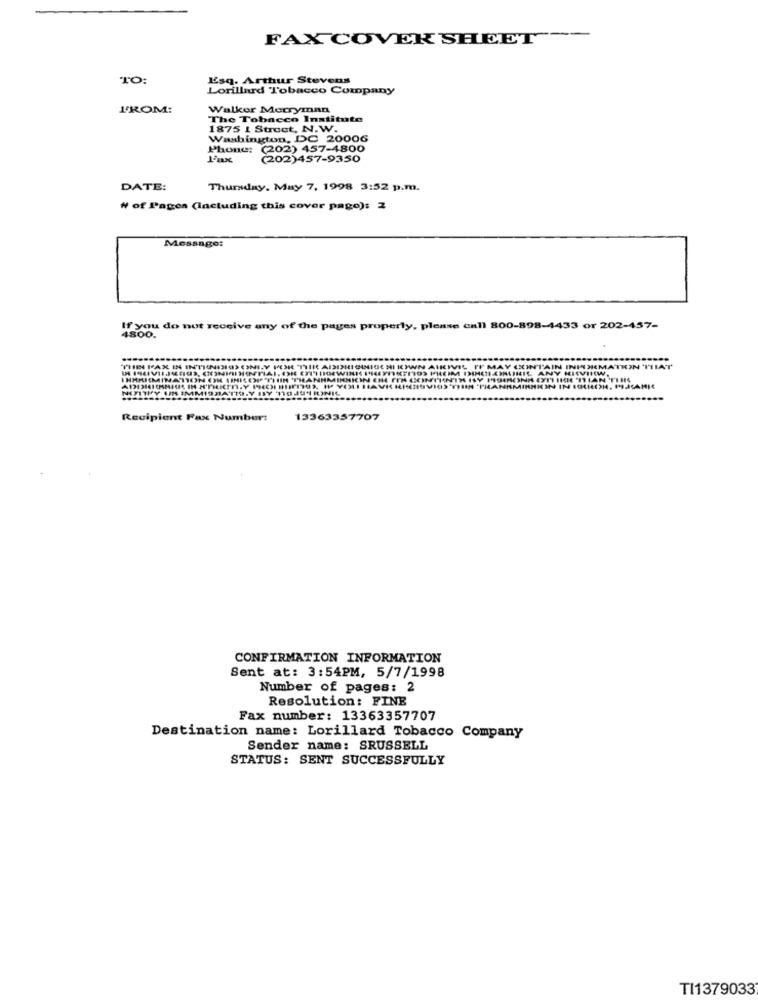
FAX COVER SHEET --
TO:
Esq. Arthur Stevens
Lorillard Tobacco Company
FROM:
Walker Merryman
The Tobacco Institute
1875 1 Struct, N.W.
Washington, DC 20006
Phone: (202) 457-4800
(202)457-9350
DATE:
Thursday, May 7, 1998 3:52 p.m.
# of Pages (Including this cover pago): 2
Message:
If you do not receive any of the pages properly, please call 800-898-4433 or 202-457-
4800.
IMIMETICOMATHIS ANY HILVIIW.
IT MAY CONTAIN INFORMATION TILAT
NEFITHY IPM IMI
HIN 'THANKMINMION IN IHROH, PAAMI
SAMIR
Recipient Fax Number:
13363357707
CONFIRMATION INFORMATION
Sent at: 3:54PM, 5/7/1998
Number of pages: 2
Resolution: FINE
Fax number: 13363357707
Destination name: Lorillard Tobacco Company
Sender name: SRUSSELL
STATUS: SENT SUCCESSFULLY
TI1379033